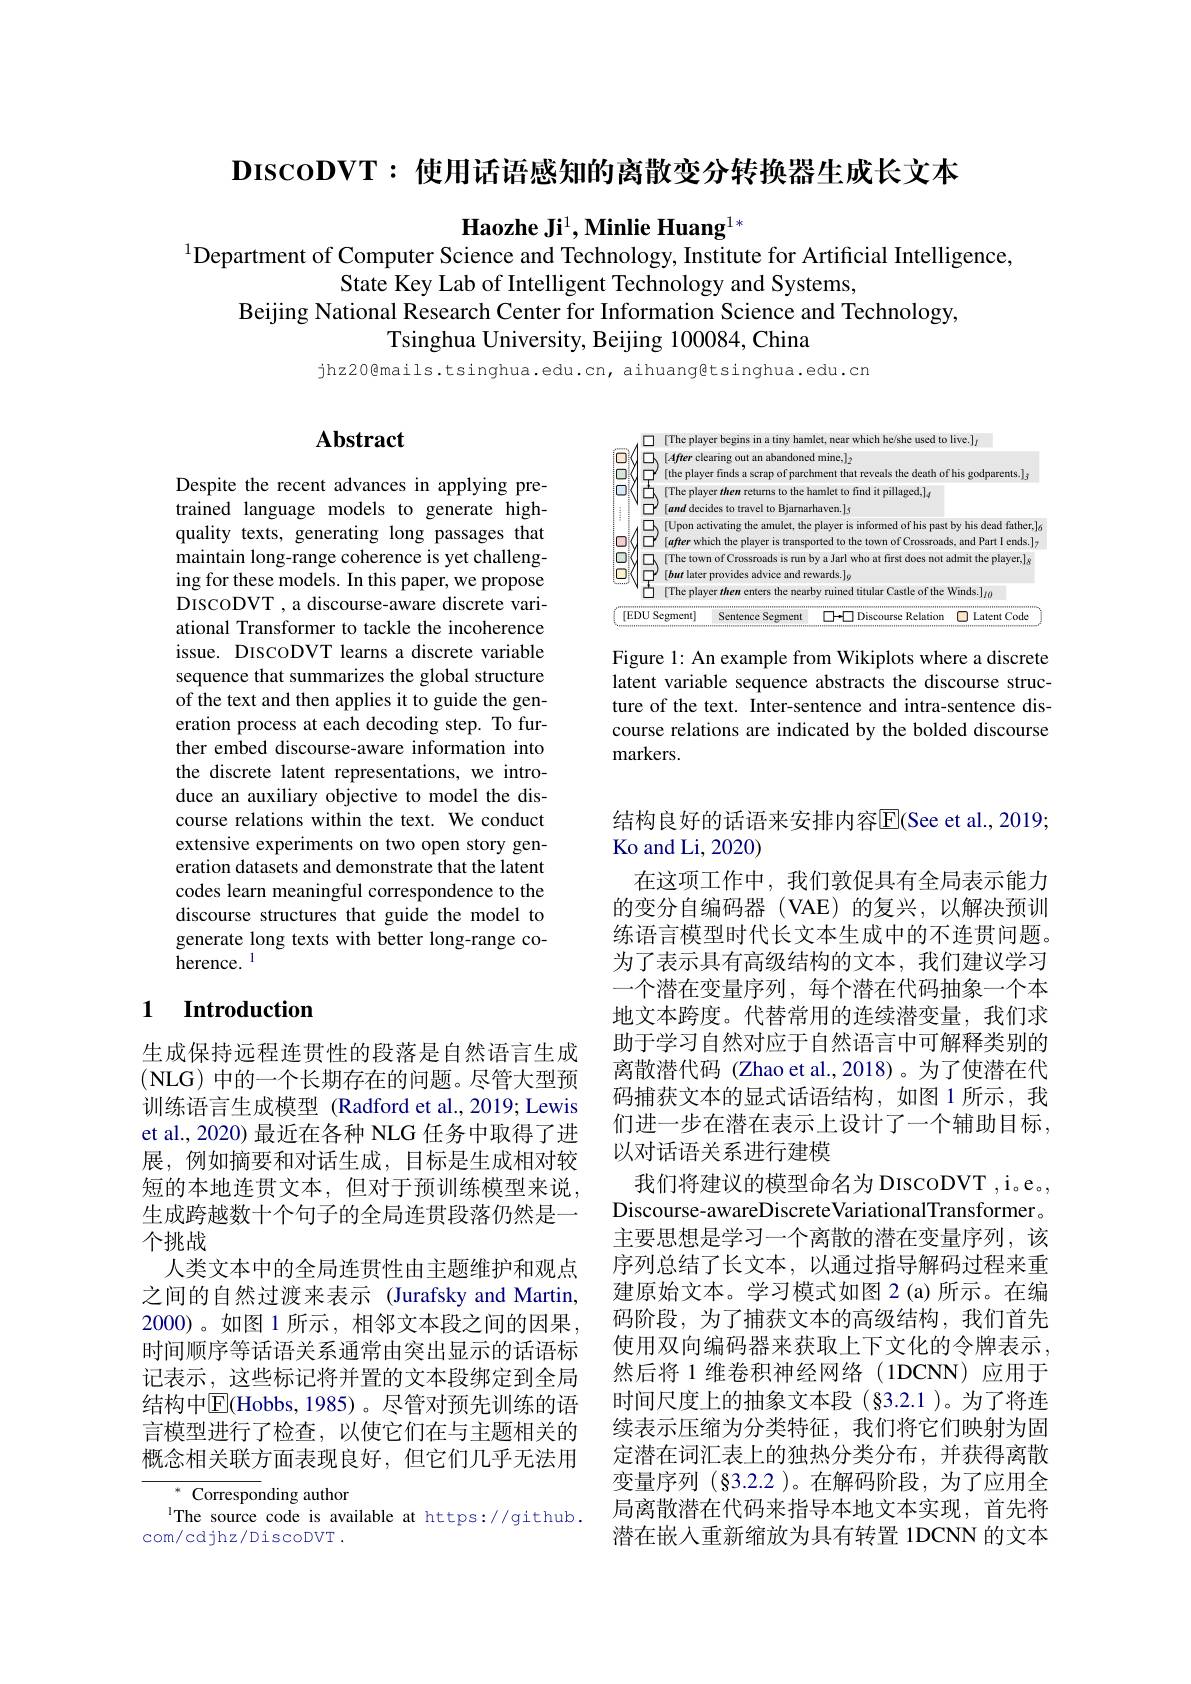
$\mathbf{D}$IScoDVT:使用话语感知的离散变分转换器生成长文本

Haozhe Ji$^1,\textbf{Minlie Huang}^{1*}$
$^{1}$Department of Computer Science and Technology, Institute for Artificial Intelligence,

State Key Lab of Intelligent Technology and Systems
Beijing National Research Center for Information Science and Technology,
Tsinghua University, Beijing 100084, China

jhz20@mails.tsinghua.edu.cn, aihuangêtsinghua.edu.cn

## Abstract

Despite the recent advances in applying pretrained language models to generate highquality texts, generating long passages that maintain long-range coherence is yet challenging for these models. In this paper, we propose DIscoDVT , a discourse-aware discrete variational Transformer to tackle the incoherence issue. DIscoDVT learns a discrete variable sequence that summarizes the global structure of the text and then applies it to guide the generation process at each decoding step. To further embed discourse-aware information into the discrete latent representations, we introduce an auxiliary objective to model the discourse relations within the text. We conduct extensive experiments on two open story generation datasets and demonstrate that the latent codes learn meaningful correspondence to the discourse structures that guide the model to generate long texts with better long-range co- ${\mathrm{herence.}}^{\mathrm{l}}$

### 1 Introduction

生成保持远程连贯性的段落是自然语言生成(NLG)中的一个长期存在的问题。尽管大型预训练语言生成模型 (Radford et al.,2019; Lewis et al., 2020) 最近在各种 NLG 任务中取得了进展，例如摘要和对话生成，目标是生成相对较短的本地连贯文本，但对于预训练模型来说， 生成跨越数十个句子的全局连贯段落仍然是一个挑战
人类文本中的全局连贯性由主题维护和观点之间的自然过渡来表示 (Jurafsky and Martin, 2000)。如图 1 所示，相邻文本段之间的因果时间顺序等话语关系通常由突出显示的话语标记表示，这些标记将并置的文本段绑定到全局结构中$\overline{\mathrm{E}}($Hobbs,1985)。尽管对预先训练的语言模型进行了检查，以使它们在与主题相关的概念相关联方面表现良好，但它们几乎无法用

$^*$ Corresponding author
The source code is available at https://github.
com/cdjhz/DiscoDVT .

<FigureHere>

Figure 1: An example from Wikiplots where a discrete latent variable sequence abstracts the discourse structure of the text. Inter-sentence and intra-sentence discourse relations are indicated by the bolded discourse markers.

结构良好的话语来安排内容$\overline{\mathrm{E}}($See et al., 2019;
Ko and Li, 2020)
在这项工作中，我们敦促具有全局表示能力的变分自编码器(VAE)的复兴，以解决预训练语言模型时代长文本生成中的不连贯问题。为了表示具有高级结构的文本，我们建议学习一个潜在变量序列，每个潜在代码抽象一个本地文本跨度。代替常用的连续潜变量，我们求助于学习自然对应于自然语言中可解释类别的离散潜代码 (Zhao et al.,2018)。为了使潜在代码捕获文本的显式话语结构，如图 1 所示，我们进一步在潜在表示上设计了一个辅助目标， 以对话语关系进行建模
我们将建议的模型命名为 DIscoDVT ,i。e。, Discourse-awareDiscreteVariationalTransformer. 主要思想是学习一个离散的潜在变量序列，该序列总结了长文本，以通过指导解码过程来重建原始文本。学习模式如图 2(a)所示。在编码阶段，为了捕获文本的高级结构，我们首先使用双向编码器来获取上下文化的令牌表示， 然后将 1 维卷积神经网络(1DCNN)应用于时间尺度上的抽象文本段(§3.2.1)。为了将连续表示压缩为分类特征，我们将它们映射为固定潜在词汇表上的独热分类分布，并获得离散变量序列 (§3.2.2 )。在解码阶段，为了应用全局离散潜在代码来指导本地文本实现，首先将潜在嵌入重新缩放为具有转置 1DCNN 的文本